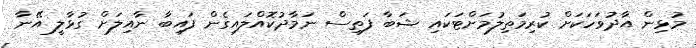
މުޅިން އާދުވަހަކަށް ކުރިމަތިލުމަށްޓަކައި ޝަބާ ފަތިސް ނަމާދުކޮއްލައިގެން ފައިބާ ނާއިލަށް ގުޅާލީ އޭނާ